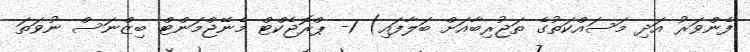
ފެންވަރު އަދި މަސައްކަތުގެ ތަޖުރިބާއަށް ބަލާފައި) 1- ޕްރޮޖެކްޓް މެނޭޖްމަންޓް ބިޒްނަސް ނުވަތަ